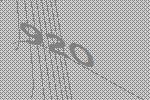
920